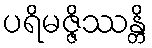
ပရိမဇ္ဇိဿန္တိ